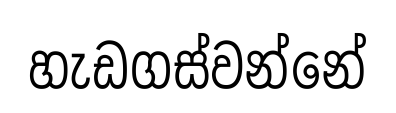
හැඩගස්වන්නේ